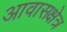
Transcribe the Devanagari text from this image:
आवासक्षेत्र